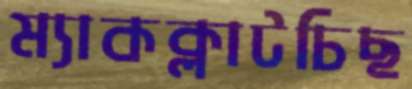
ম্যাকক্লাটচিছ